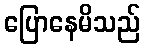
ပြောနေမိသည်